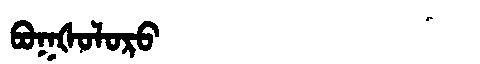
Manchu: ᠪᠣᡴᡧᠣᠯᠣᡵᠣ
Romanization: BOKŠOLORO